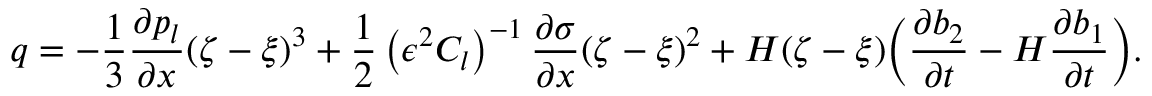
q = - \frac { 1 } { 3 } \frac { \partial p _ { l } } { \partial x } ( \zeta - \xi ) ^ { 3 } + \frac { 1 } { 2 } \left( \epsilon ^ { 2 } C _ { l } \right) ^ { - 1 } \frac { \partial \sigma } { \partial x } ( \zeta - \xi ) ^ { 2 } + H ( \zeta - \xi ) \bigg ( \frac { \partial b _ { 2 } } { \partial t } - H \frac { \partial b _ { 1 } } { \partial t } \bigg ) .